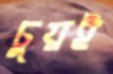
চুয়ই